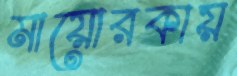
মায়োরকায়